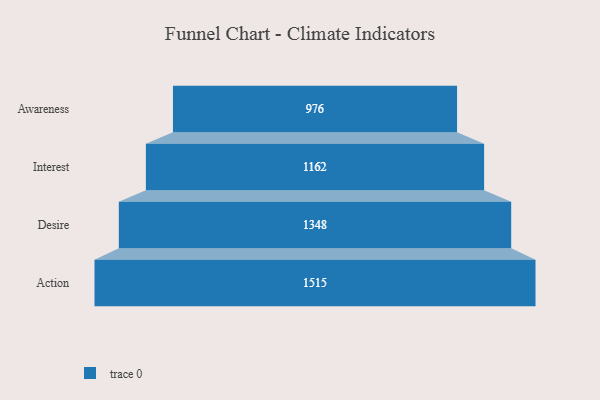
{"axis": {"x": "Stage", "y": "Value"}, "legend": [""], "data": [{"x": "Awareness", "y": 976.0, "type": ""}, {"x": "Interest", "y": 1162.0, "type": ""}, {"x": "Desire", "y": 1348.0, "type": ""}, {"x": "Action", "y": 1515.0, "type": ""}]}